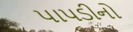
પાપડીનો